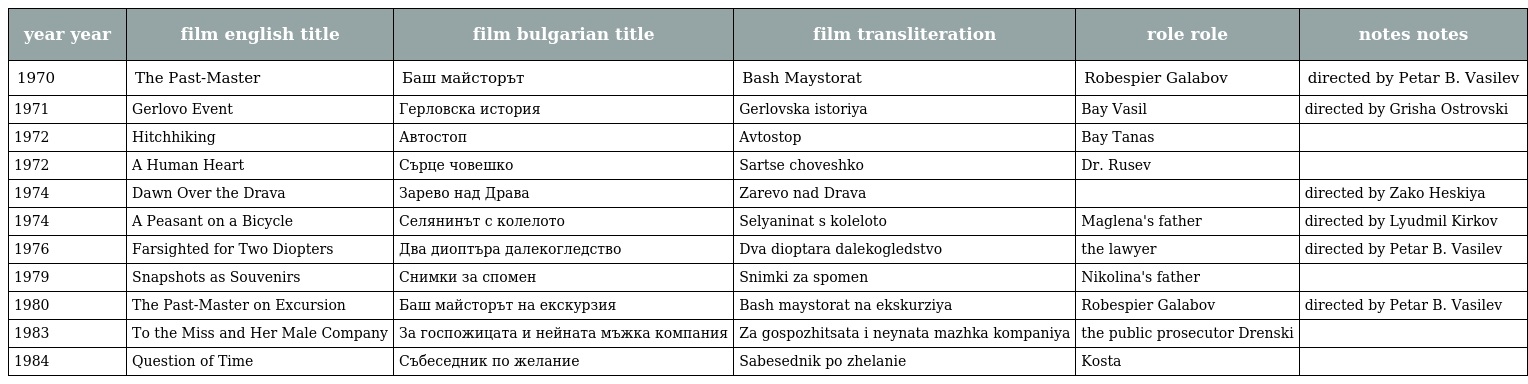
| year year | film english title | film bulgarian title | film transliteration | role role | notes notes |
 | --- | --- | --- | --- | --- | --- |
 | 1970 | The Past-Master | Баш майсторът | Bash Maystorat | Robespier Galabov | directed by Petar B. Vasilev |
 | 1971 | Gerlovo Event | Герловска история | Gerlovska istoriya | Bay Vasil | directed by Grisha Ostrovski |
 | 1972 | Hitchhiking | Автостоп | Avtostop | Bay Tanas |  |
 | 1972 | A Human Heart | Сърце човешко | Sartse choveshko | Dr. Rusev |  |
 | 1974 | Dawn Over the Drava | Зарево над Драва | Zarevo nad Drava |  | directed by Zako Heskiya |
 | 1974 | A Peasant on a Bicycle | Селянинът с колелото | Selyaninat s koleloto | Maglena's father | directed by Lyudmil Kirkov |
 | 1976 | Farsighted for Two Diopters | Два диоптъра далекогледство | Dva dioptara dalekogledstvo | the lawyer | directed by Petar B. Vasilev |
 | 1979 | Snapshots as Souvenirs | Снимки за спомен | Snimki za spomen | Nikolina's father |  |
 | 1980 | The Past-Master on Excursion | Баш майсторът на екскурзия | Bash maystorat na ekskurziya | Robespier Galabov | directed by Petar B. Vasilev |
 | 1983 | To the Miss and Her Male Company | За госпожицата и нейната мъжка компания | Za gospozhitsata i neynata mazhka kompaniya | the public prosecutor Drenski |  |
 | 1984 | Question of Time | Събеседник по желание | Sabesednik po zhelanie | Kosta |  |